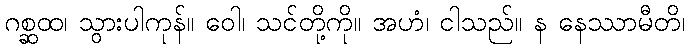
ဂစ္ဆထ၊ သွားပါကုန်။ ဝေါ၊ သင်တို့ကို။ အဟံ၊ ငါသည်။ န နေဿာမီတိ၊